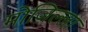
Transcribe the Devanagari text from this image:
मोज़िल्ला